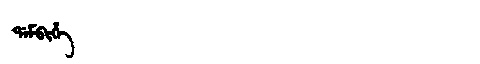
Manchu: ᡩᠠᠮᠪᡳᡥᡝ
Romanization: DAMBIHE